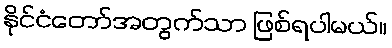
နိုင်ငံတော်အတွက်သာ ဖြစ်ရပါမယ်။